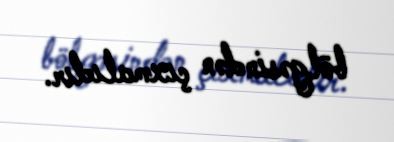
bölgəsindən çıxmalıdır.